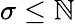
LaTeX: \sigma\leq\mathbb{N}